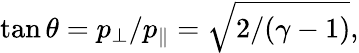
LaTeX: \tan\theta=p_{\perp}/p_{\parallel}=\sqrt{2/(\gamma-1)},